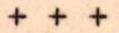
+ + +